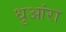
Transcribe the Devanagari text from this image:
धुआंरा